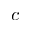
c